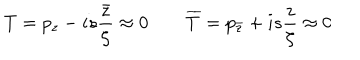
T = p _ { z } - i s \frac { \bar { z } } { \zeta } \approx 0 \qquad \overline { { { T } } } = p _ { \bar { z } } + i s \frac { z } { \zeta } \approx 0